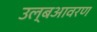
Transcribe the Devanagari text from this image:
उल्बआवरण